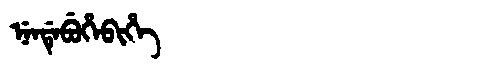
Manchu: ᠨᡝᠨᡩᡝᠪᡠᡥᡝᠪᡳᡥᡝ
Romanization: NENDEBUHEBIHE